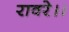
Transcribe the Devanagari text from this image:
रावरे।।